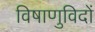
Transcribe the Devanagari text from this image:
विषाणुविदों